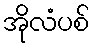
အိုလံပစ်